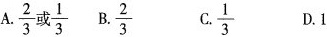
A.$$\frac{2}{3}$$或$$\frac{1}{3}$$ B.$$\frac{2}{3}$$ C.$$\frac{1}{3}$$ D.1